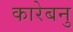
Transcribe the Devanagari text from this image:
कारेबनु